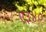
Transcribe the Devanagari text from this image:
ए३४०